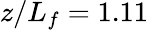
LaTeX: z/L_{f}=1.11